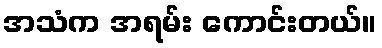
အသံက အရမ်း ကောင်းတယ်။